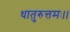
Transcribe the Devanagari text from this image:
धातुरुत्तमः।।